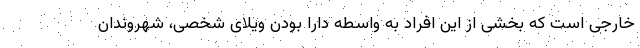
خارجی است که بخشی از این افراد به واسطه دارا بودن ویلای شخصی، شهروندان